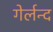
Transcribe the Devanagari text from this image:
गेर्लन्द